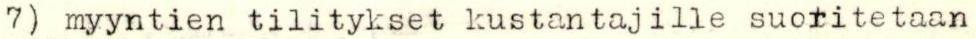
 7) myyntien tilitykset kustantajille suoritetaan